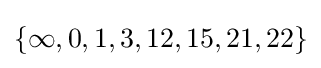
\{\infty ,0,1,3,12,15,21,22\}